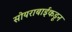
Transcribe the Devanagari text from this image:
सोयराबाईकडून